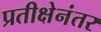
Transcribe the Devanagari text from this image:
प्रतीक्षेनंतर